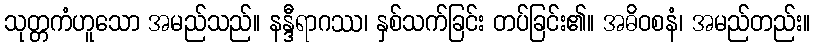
သုတ္တကံဟူသော အမည်သည်။ နန္ဒီရာဂဿ၊ နှစ်သက်ခြင်း တပ်ခြင်း၏။ အဓိဝစနံ၊ အမည်တည်း။